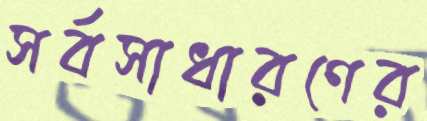
সর্বসাধারণের